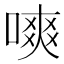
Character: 𠼙